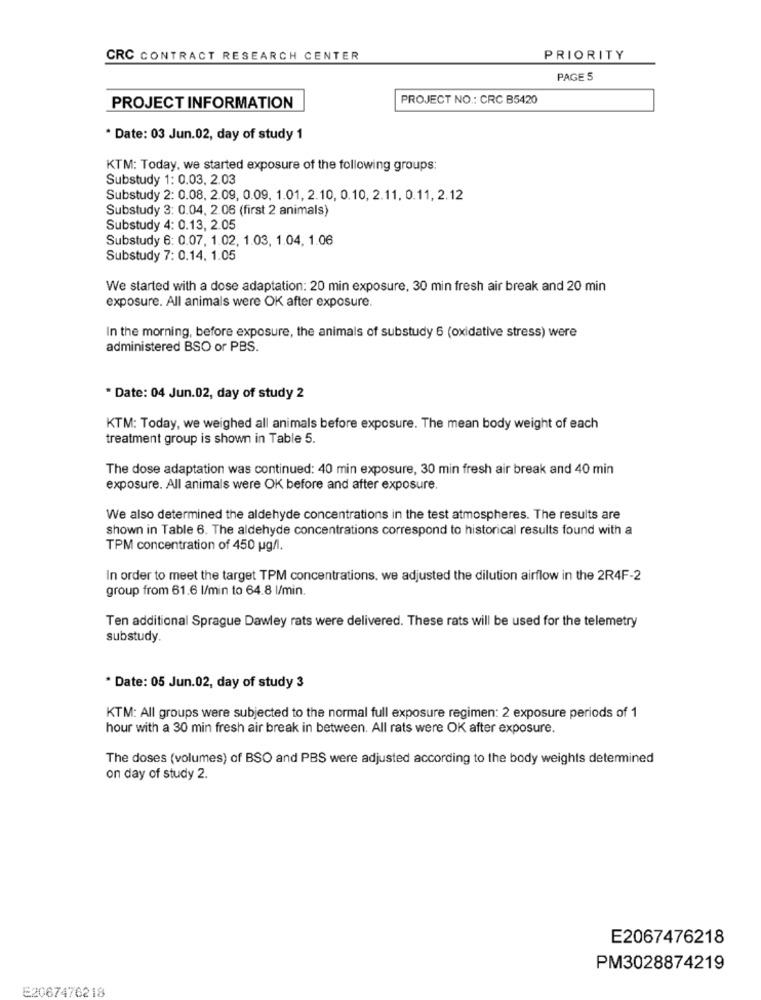
CRC CONTRACT RESEARCH CENTER
PRIORITY
PAGE 5
PROJECT NO .: CRC B5420
PROJECT INFORMATION
* Date: 03 Jun.02, day of study 1
KTM: Today, we started exposure of the following groups:
Substudy 1: 0.03. 2.03
Substudy 2: 0.08. 2.09, 0.09. 1.01, 2.10, 0.10, 2.11. 0.11, 2.12
Substudy 3: 0.04. 2.06 (first 2 animals)
Substudy 4: 0.13, 2.05
Substudy 6: 0.07. 1.02, 1.03. 1.04. 1.06
Substudy 7: 0.14. 1.05
We started with a dose adaptation: 20 min exposure, 30 min fresh air break and 20 min
exposure. All animals were OK after exposure.
In the morning, before exposure, the animals of substudy 6 (oxidative stress) were
administered BSO or PBS.
* Date: 04 Jun.02, day of study 2
KTM: Today, we weighed all animals before exposure. The mean body weight of each
treatment group is shown in Table 5.
The dose adaptation was continued: 40 min exposure, 30 min fresh air break and 40 min
exposure. All animals were OK before and after exposure.
We also determined the aldehyde concentrations in the test atmospheres. The results are
shown in Table 6. The aldehyde concentrations correspond to historical results found with a
TPM concentration of 450 ug/1.
In order to meet the target TPM concentrations. we adjusted the dilution airflow in the 2R4F-2
group from 61.6 l/min to 64.8 l/min.
Ten additional Sprague Dawley rats were delivered. These rats will be used for the telemetry
substudy.
* Date: 05 Jun.02, day of study 3
KTM: All groups were subjected to the normal full exposure regimen: 2 exposure periods of 1
hour with a 30 min fresh air break in between. All rats were OK after exposure.
The doses (volumes) of BSO and PBS were adjusted according to the body weights determined
on day of study 2.
E2067476218
PM3028874219
E2067476218